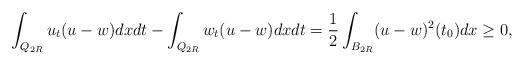
LaTeX: \begin{align*} \int_{Q_{2R}}u_t(u-w)dxdt- \int_{Q_{2R}}w_t(u-w)dxdt =\frac{1}{2}\int_{B_{2R}}(u-w)^2(t_0)dx\geq 0, \end{align*}